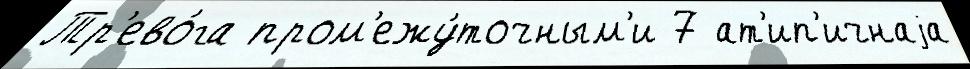
Тр'ево́га пром'ежу́точным'и 7 ат'ип'ичнаjа